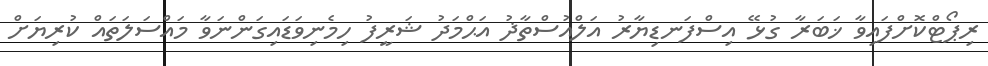
ރިޕޯޓްކޮށްފައިވާ ޚަބަރާ ގުޅޭ އިސްފަނޑިޔާރު އަލްއުސްތާޛު އަޙްމަދު ޝަރީފު ހިމެނިވަޑައިގަންނަވާ މައްސަލަތައް ކުރިޔަށް